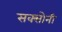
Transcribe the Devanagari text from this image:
सक्सोनी